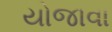
યોજાવા